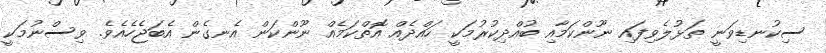
ސިކުނޑިވަނީ ތަޅުލެވިފައި ނޫންކަމާއި ބުއްދިކުރުމަކީ ހައްދެއް އޮތްކަމެއް ނޫންކަން އެނގެން އެބަޖެހެއެވެ. ވިސްނުމަކީ